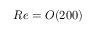
R e = O ( 2 0 0 )